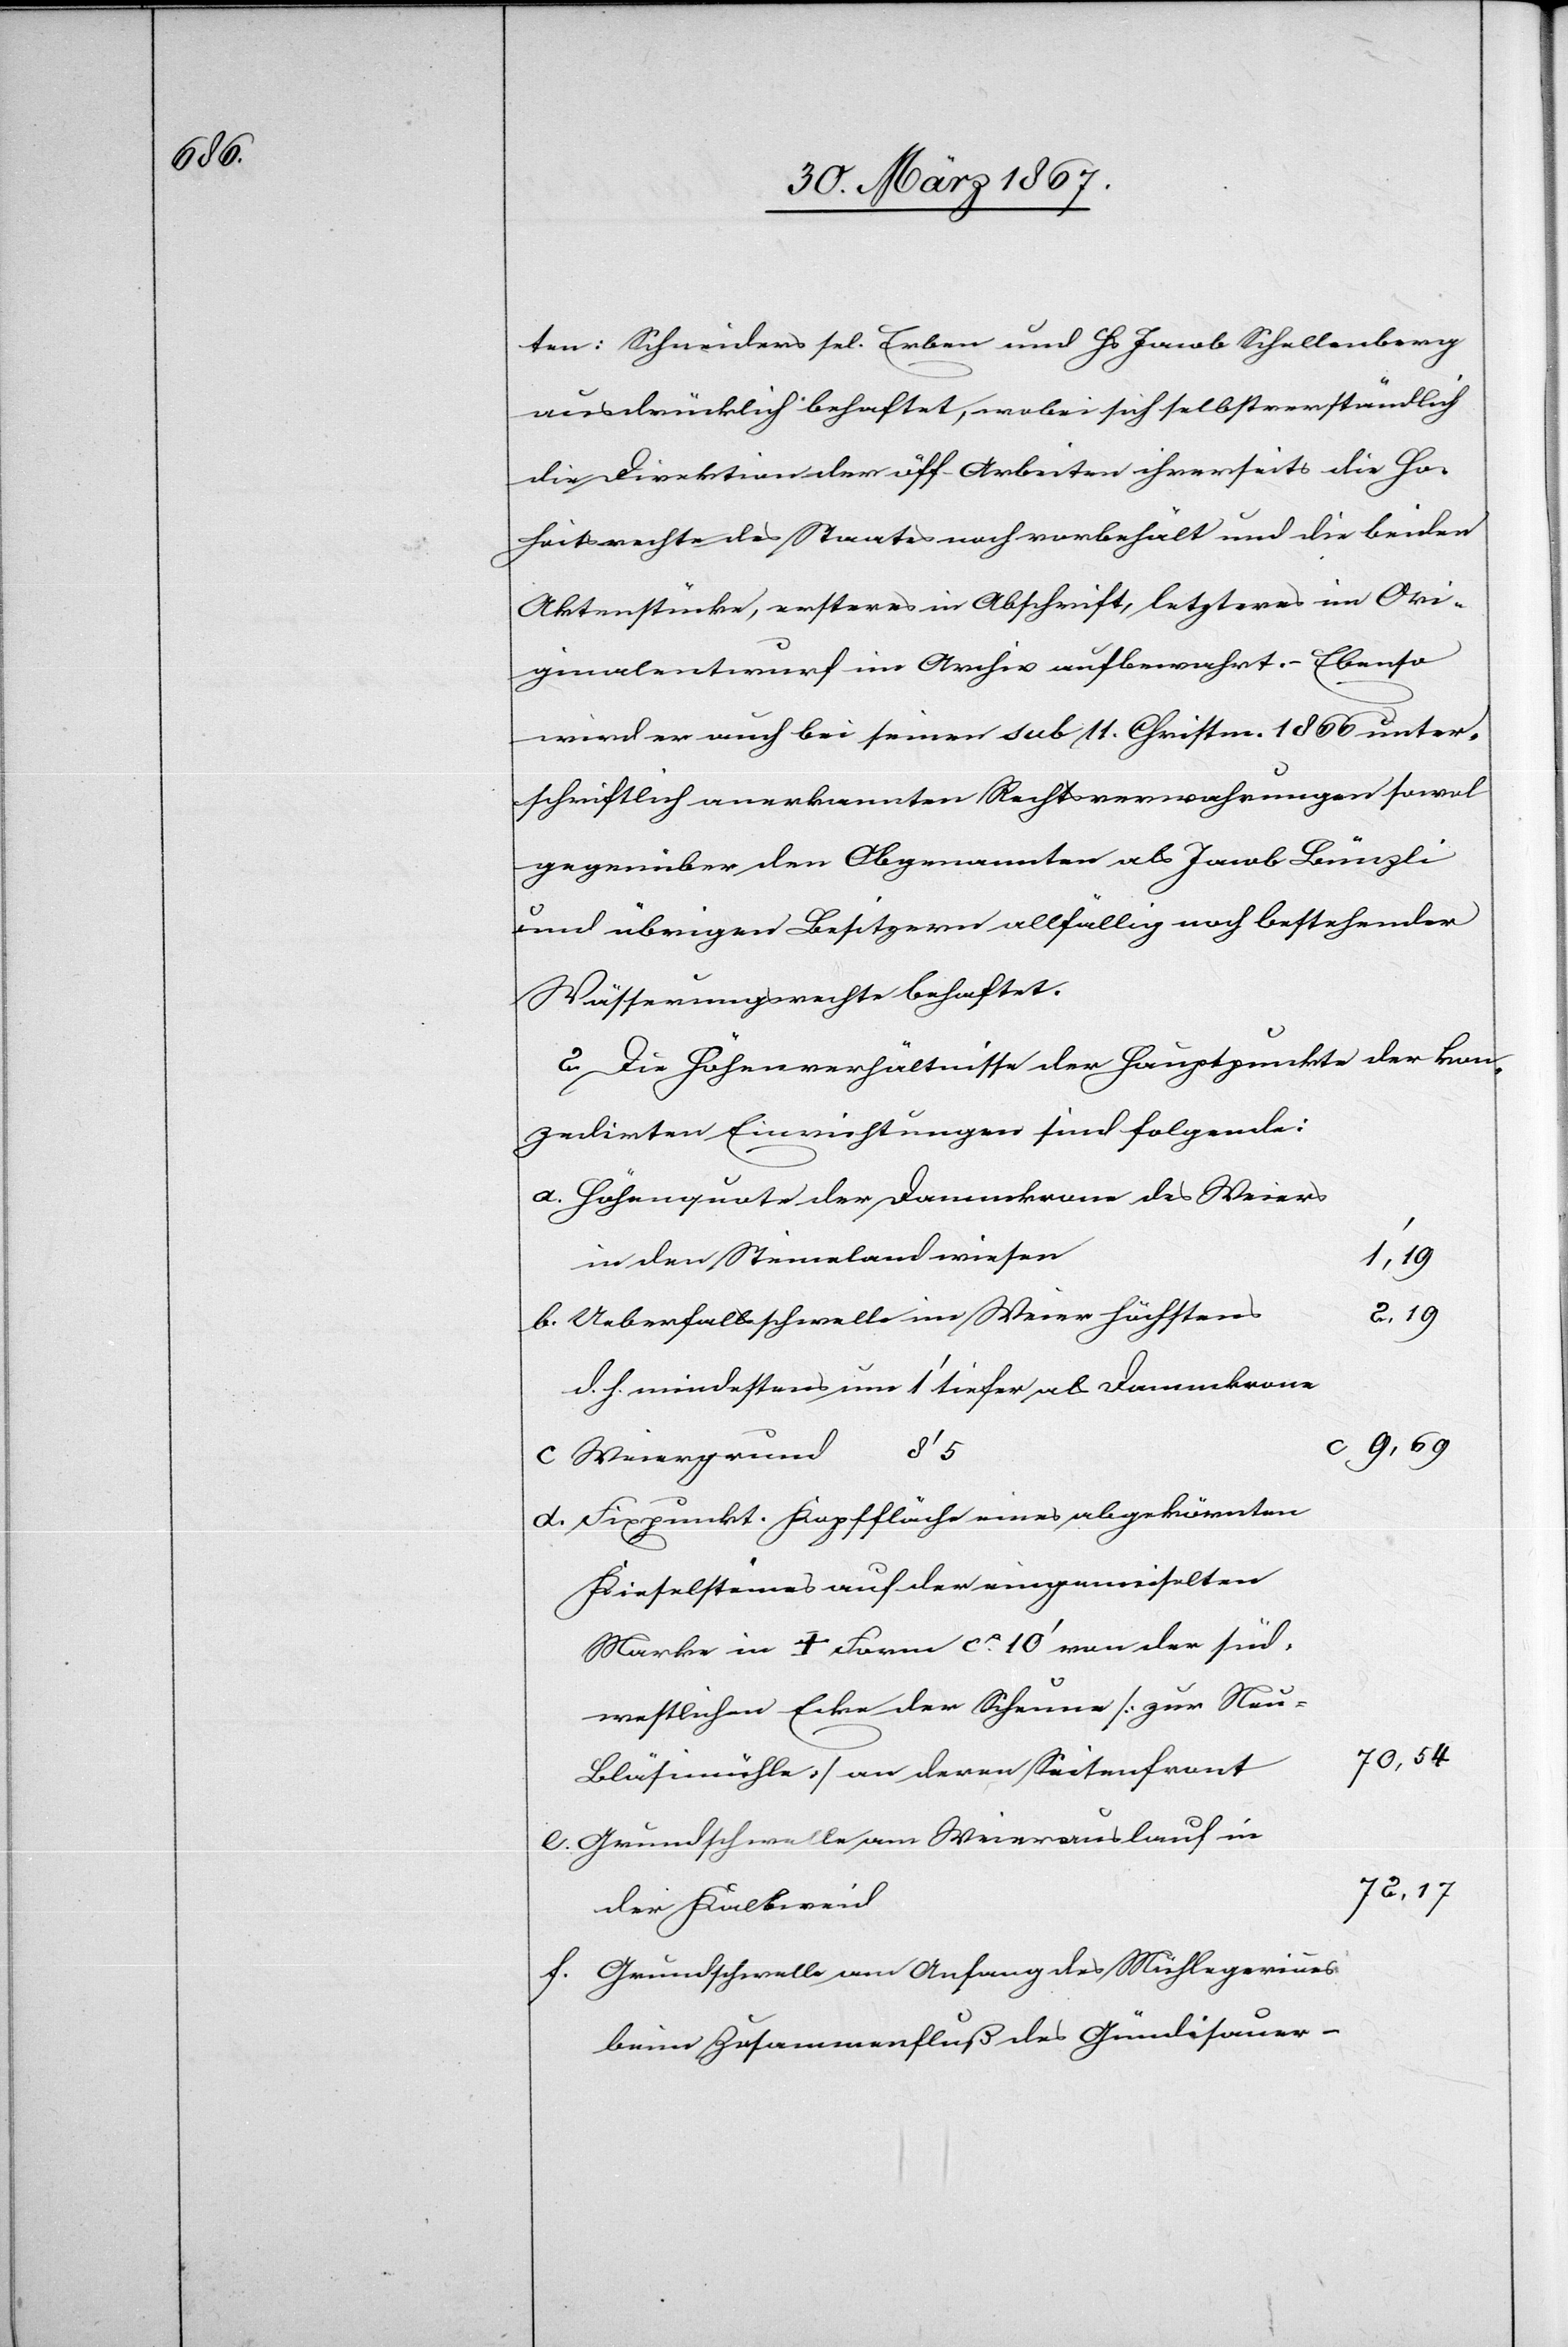
ten: Schneider sel. Erben und Hs. Jacob Schellenberg
ausdrücklich behaftet, wobei sich selbstverständlich
die Direktion der öff. Arbeiten ihrerseits die Ho¬
heitsrechte des Staates noch vorbehält und die beiden
Aktenstücke, ersteres in Abschrift, letzteres im Ori¬
ginalentwurf im Archiv aufbewahrt. – Ebenso
wird er auch bei seinen sub 11. Christm. 1866 unter¬
schriftlich anerkannten Rechtsverwahrungen sowol
gegenüber den Obgenannten als Jacob Bünzli
und übrigen Besitzern allfällig noch bestehender
Wässerungsrechte behaftet.
2. Die Höhenverhältnisse der Hauptpunkte der kon¬
zedirten Einrichtung sind folgende:
Höhenquote der Dammkrone des Weiers
in den Steinelandwiesen
1’,19
2,19
Ueberfallsschwelle im Weier höchstens
d. h. mindestens um 1’ tiefer als Dammkrone
c 9,69
Weiergrund 8’5
Fixpunkt. Kopffläche eines abgekörnten
Kieselsteines auf der eingemeiselten
Marke in + Form ca. 10’ von der süd¬
westlichen Ecke der Scheune [zur Neu-B¬
70,54
läsimühle] an deren Seitenfront
Grundschwelle am Weierauslauf in
72,17
der Kalkweid
Grundschwelle am Anfang des Mühlegerinnes
beim Zusammenfluß des Gründisauer-